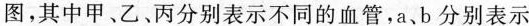
图，其中甲、乙、丙分别表示不同的血管，a、b分别表示